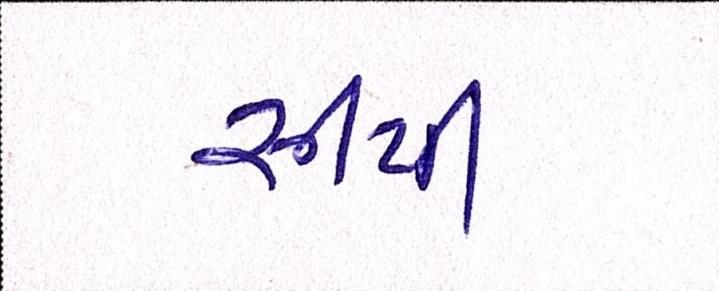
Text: સીપી